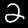
Digit: 2